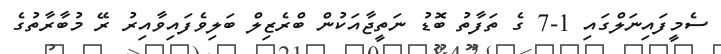
ސެމީފައިނަލްގައި 1-7 ގެ ތަފާތު ބޮޑު ނަތީޖާއަކުން ބްރެޒިލް ބަލިވެފައިވާއިރު ރޭ މުބާރާތުގެ